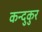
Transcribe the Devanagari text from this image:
कन्दुकुर